Annual returns of the Patna Lunatic Asylum at Bankipore in Bihar and Orissa - 1912-1924
Year: 1912
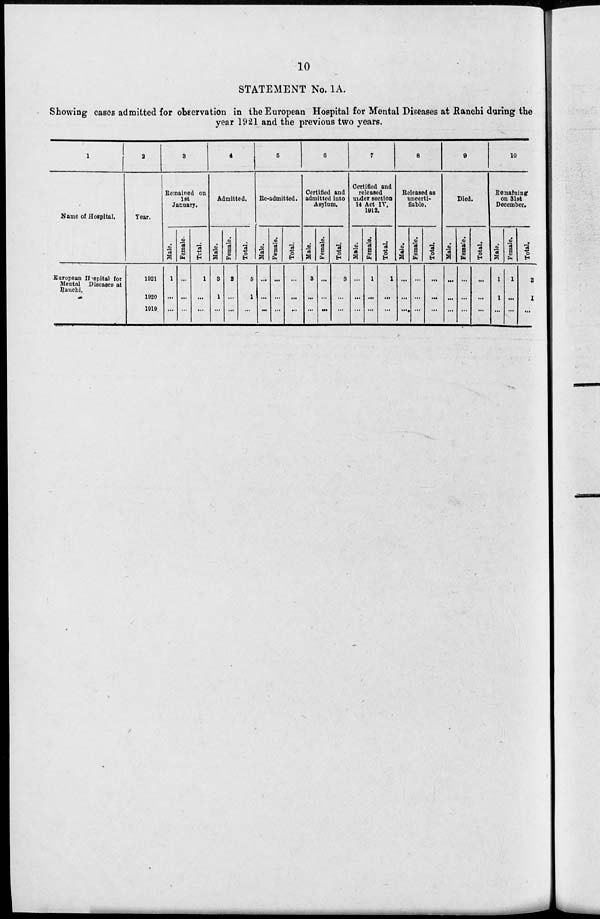
10
STATEMENT No. 1A.
Showing cases admitted for observation in the European Hospital for Mental Diseases at Ranchi during the
year 1921 and the previous two years.
1
Name of Hospital.
European Hospital for
Mental Diseases at
Ranchi.
2
Year.
1921
1920
1919
3
Remained on
1st
January.
Male.
1
...
...
Female.
...
...
...
Total.
1
...
...
4
Admitted.
Male.
3
1
...
Female.
2
...
...
Total.
5
1
...
5
Re-admitted.
Male.
...
...
...
Female.
...
...
...
Total.
...
...
...
6
Certified and
admitted into
Asylum.
Male.
3
...
...
Female.
...
...
...
Total.
3
...
...
7
Certified and
released
under section
14 Act IV,
1912.
Male.
...
...
...
Female.
1
...
...
Total.
1
...
...
8
Released as
uncerti-
fiable.
Male.
...
...
...
Female.
...
...
...
Total.
...
...
...
9
Died.
Male.
...
...
...
Female.
...
...
...
Total.
...
...
...
10
Remaining
on 31st
December.
Male.
1
1
...
Female.
1
...
...
Total.
2
1
...